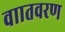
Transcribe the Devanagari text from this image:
वाातवरण